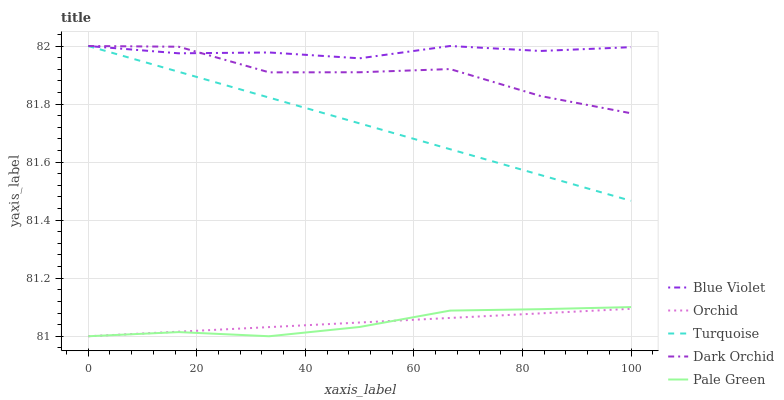
| xaxis_label | Blue Violet | Orchid | Turquoise | Dark Orchid | Pale Green |
 | --- | --- | --- | --- | --- | --- |
 | 0 | 82 | 81 | 82 | 82 | 81 |
 | 16.7 | 82 | 81 | 81.9 | 82 | 81 |
 | 33.3 | 82 | 81 | 81.8 | 81.9 | 81 |
 | 50 | 82 | 81 | 81.7 | 81.9 | 81 |
 | 66.7 | 82 | 81.1 | 81.6 | 81.9 | 81.1 |
 | 83.3 | 82 | 81.1 | 81.6 | 81.8 | 81.1 |
 | 100 | 82 | 81.1 | 81.5 | 81.8 | 81.1 |